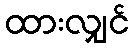
ထားလျှင်